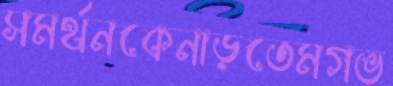
সমর্থনকেনাড়তেমগভ